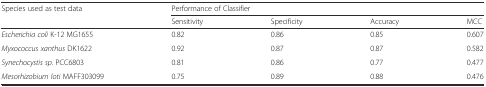
<table><thead><tr><td rowspan="2"><b>Species used as test data</b></td><td colspan="4"><b>Performance of Classifier</b></td></tr><tr><td><b>Sensitivity</b></td><td><b>Specificity</b></td><td><b>Accuracy</b></td><td><b>MCC</b></td></tr></thead><tbody><tr><td><i>Escherichia coli</i> K-12 MG1655</td><td>0.82</td><td>0.86</td><td>0.85</td><td>0.607</td></tr><tr><td><i>Myxococcus xanthus</i> DK1622</td><td>0.92</td><td>0.87</td><td>0.87</td><td>0.582</td></tr><tr><td><i>Synechocystis sp</i>. PCC6803</td><td>0.81</td><td>0.86</td><td>0.77</td><td>0.477</td></tr><tr><td><i>Mesorhizobium loti</i> MAFF303099</td><td>0.75</td><td>0.89</td><td>0.88</td><td>0.476</td></tr></tbody></table>